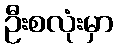
ဦးစလုံးမှာ